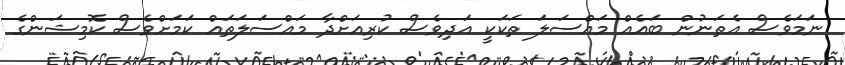
ނަމަވެސް އެތަނުން ބައެއް މައްސަލަ ތަކަކީ އަދިވެސް ކުރިއަށްދާ މައްސަލަތައް ކަމަށްވެސް ކޮމިޝަންގެ